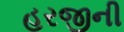
હરજીની